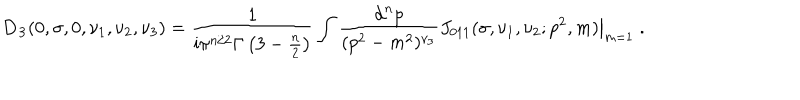
{ \bf D _ { 3 } } ( 0 , \sigma , 0 , \nu _ { 1 } , \nu _ { 2 } , \nu _ { 3 } ) = \frac { 1 } { \mathrm { i } \pi ^ { n / 2 } \Gamma \left( 3 - \frac { n } { 2 } \right) } \int \frac { \mathrm { d } ^ { n } p } { ( p ^ { 2 } - m ^ { 2 } ) ^ { \nu _ { 3 } } } \left. J _ { 0 1 1 } ( \sigma , \nu _ { 1 } , \nu _ { 2 } ; p ^ { 2 } , m ) \right| _ { m = 1 } \; .